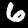
Digit: 6